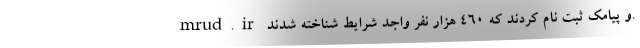
mrud.ir و پیامک ثبت نام کردند که ۴۶۰ هزار نفر واجد شرایط شناخته شدند.